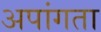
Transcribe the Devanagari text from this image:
अपांगता